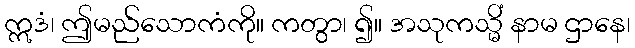
ဣဒံ၊ ဤမည်သောကံကို။ ကတွာ၊ ၍။ အသုကသ္မိံ နာမ ဌာနေ၊